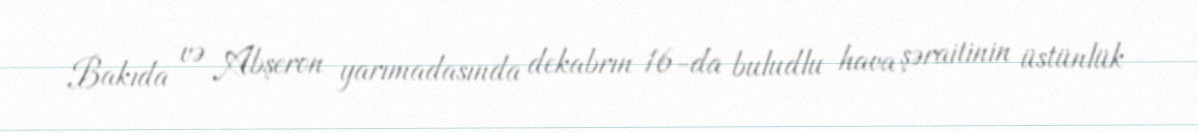
Bakıda və Abşeron yarımadasında dekabrın 16-da buludlu hava şəraitinin üstünlük